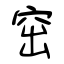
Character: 窋